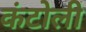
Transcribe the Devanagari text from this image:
कंटोली